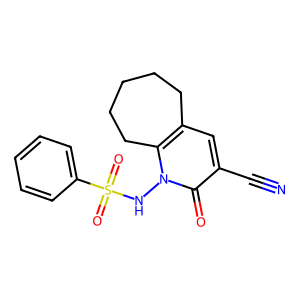
SMILES: N#Cc1cc2c(n(NS(=O)(=O)c3ccccc3)c1=O)CCCCC2
Inhibits HIV replication: No